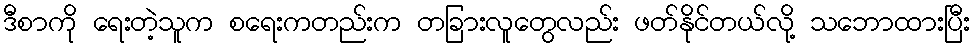
ဒီစာကို ရေးတဲ့သူက စရေးကတည်းက တခြားလူတွေလည်း ဖတ်နိုင်တယ်လို့ သဘောထားပြီး